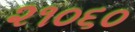
૨૧૦૬૦